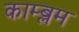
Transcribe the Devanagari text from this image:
काम्ब्लम